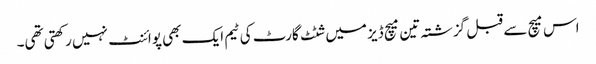
اس میچ سے قبل گزشتہ تین میچ ڈیز میں شٹٹ گارٹ کی ٹیم ایک بھی پوائنٹ نہیں رکھتی تھی۔